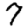
Digit: 7